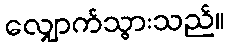
လျှောက်သွားသည်။